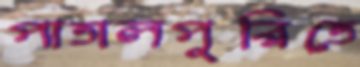
পাতালপুরিতে